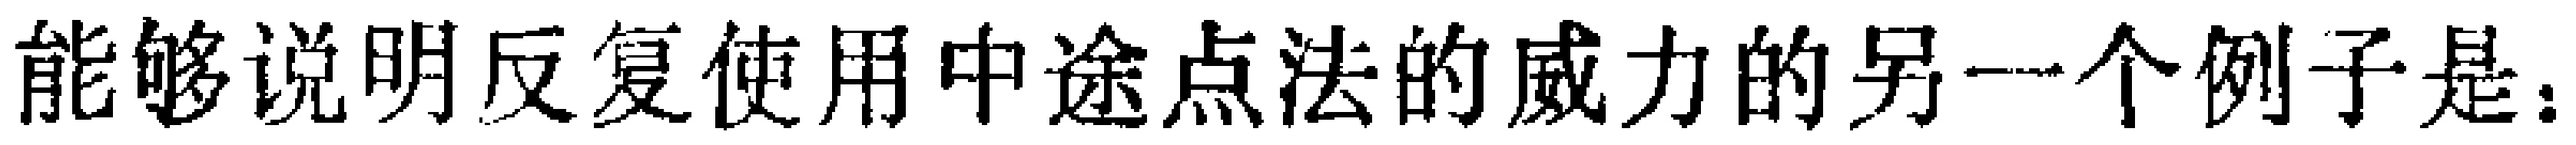
能够说明反复使用中途点法的威力的另一个例子是：